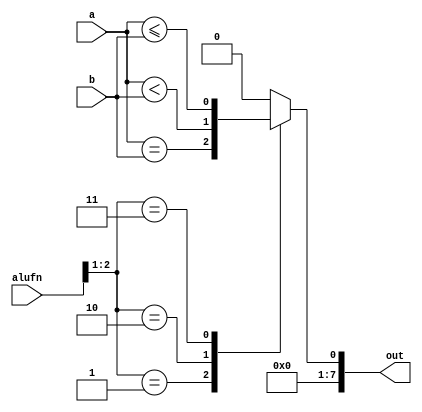
/*
   This file was generated automatically by the Mojo IDE version B1.3.6.
   Do not edit this file directly. Instead edit the original Lucid source.
   This is a temporary file and any changes made to it will be destroyed.
*/

module cmp_8 (
    input [7:0] a,
    input [7:0] b,
    input [5:0] alufn,
    output reg [7:0] out
  );
  
  
  
  always @* begin
    out[1+6-:7] = 7'h00;
    
    case (alufn[1+1-:2])
      2'h1: begin
        out[0+0-:1] = a == b;
      end
      2'h2: begin
        out[0+0-:1] = a < b;
      end
      2'h3: begin
        out[0+0-:1] = a <= b;
      end
      default: begin
        out[0+0-:1] = 1'h0;
      end
    endcase
  end
endmodule